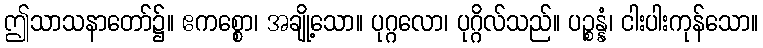
ဤသာသနာတော်၌။ ဧကစ္စော၊ အချို့သော။ ပုဂ္ဂလော၊ ပုဂ္ဂိလ်သည်။ ပဉ္စန္နံ၊ ငါးပါးကုန်သော။